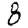
Digit: 8